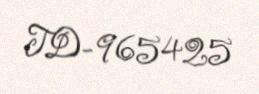
TD-965425